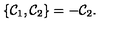
\{ { \cal C } _ { 1 } , { \cal C } _ { 2 } \} = - { \cal C } _ { 2 } .